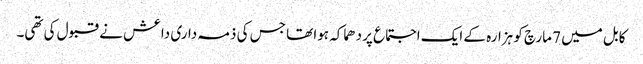
کابل میں 7 مارچ کو ہزارہ کے ایک اجتماع پر دھماکہ ہوا تھا جس کی ذمہ داری داعش نے قبول کی تھی۔